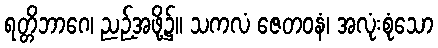
ရတ္တိဘာဂေ၊ ညဉ့်အဖို့၌။ သကလံ ဇေတဝနံ၊ အလုံးစုံသော